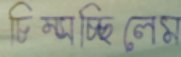
চিম্‌সচ্ছিলেম